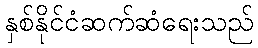
နှစ်နိုင်ငံဆက်ဆံရေးသည်